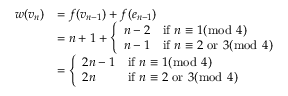
\begin{array} { r l } { w ( v _ { n } ) } & { = f ( v _ { n - 1 } ) + f ( e _ { n - 1 } ) } \\ & { = n + 1 + \left\{ \begin{array} { l l } { n - 2 } & { \mathrm { i f ~ } n \equiv 1 ( \bmod ~ 4 ) } \\ { n - 1 } & { \mathrm { i f ~ } n \equiv 2 \mathrm { ~ o r ~ } 3 ( \bmod ~ 4 ) } \end{array} \right. } \\ & { = \left\{ \begin{array} { l l } { 2 n - 1 } & { \mathrm { i f ~ } n \equiv 1 ( \bmod ~ 4 ) } \\ { 2 n } & { \mathrm { i f ~ } n \equiv 2 \mathrm { ~ o r ~ } 3 ( \bmod ~ 4 ) } \end{array} \right. } \end{array}